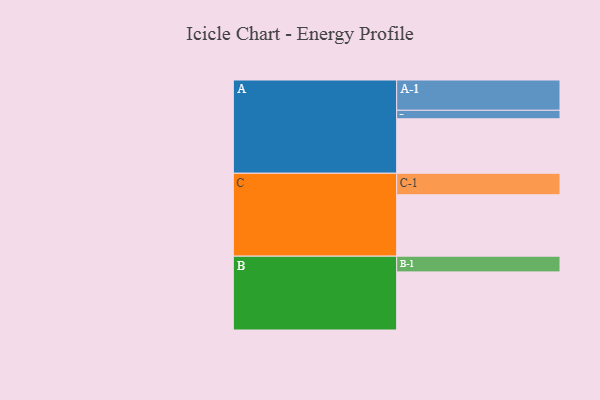
{"axis": {"x": "Segment", "y": "Value"}, "legend": ["", "A", "B", "C"], "data": [{"x": "A", "y": 527, "type": ""}, {"x": "B", "y": 562, "type": ""}, {"x": "C", "y": 594, "type": ""}, {"x": "A-1", "y": 293, "type": "A"}, {"x": "A-2", "y": 82, "type": "A"}, {"x": "B-1", "y": 152, "type": "B"}, {"x": "C-1", "y": 208, "type": "C"}]}